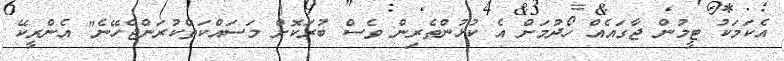
އެކަމަކު ޓީމުން ޖާގައެއް ހޯދުމަށް އެ ކުޅުންތެރިން ވެސް ބުރަކޮށް މަސައްކަތްކުރަންޖެހޭނެ" އެންރީކޭ